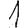
Digit: 1